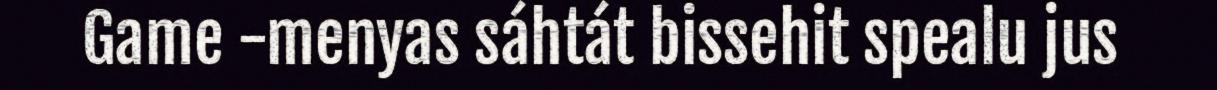
Game -menyas sáhtát bissehit spealu jus